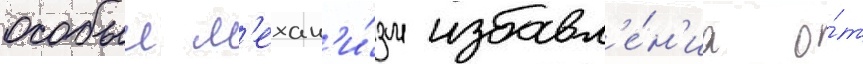
особыи м'ехан'и́зм избавл'е́н'иа о́т